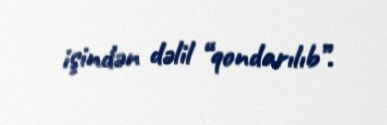
işindən dəlil “qondarılıb”.